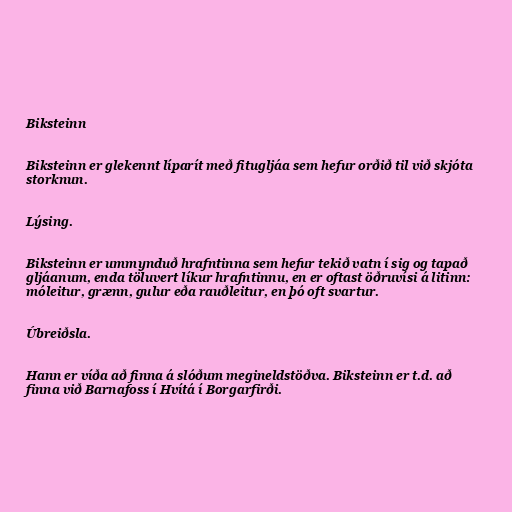
Biksteinn

Biksteinn er glekennt líparít með fitugljáa sem hefur orðið til við skjóta
storknun.

Lýsing.

Biksteinn er ummynduð hrafntinna sem hefur tekið vatn í sig og tapað
gljáanum, enda töluvert líkur hrafntinnu, en er oftast öðruvísi á litinn:
móleitur, grænn, gulur eða rauðleitur, en þó oft svartur.

Úbreiðsla.

Hann er víða að finna á slóðum megineldstöðva. Biksteinn er t.d. að
finna við Barnafoss í Hvítá í Borgarfirði.